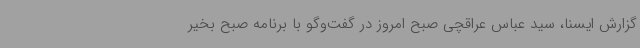
گزارش ایسنا، سید عباس عراقچی صبح امروز در گفت‌وگو با برنامه صبح بخیر